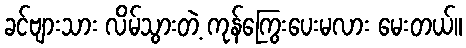
ခင်ဗျားသား လိမ်သွားတဲ့ ကုန်ကြွေးပေးမလား မေးတယ်။